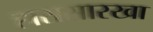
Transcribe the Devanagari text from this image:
हारासारखा